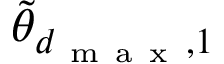
\tilde { \theta } _ { d _ { \mathrm { ~ m ~ a ~ x ~ } } , 1 }